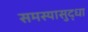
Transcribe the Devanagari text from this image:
समस्यासुद्धा